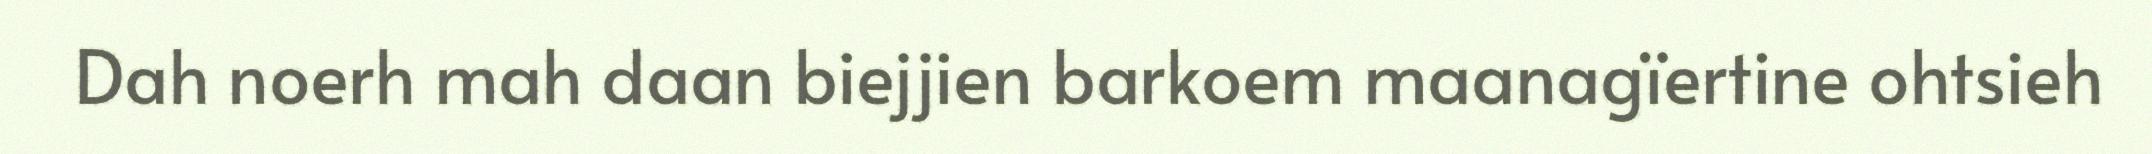
Dah noerh mah daan biejjien barkoem maanagïertine ohtsieh